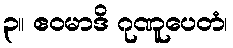
၃။ ဧဝမာဒိ ဂုဏူပေတံ၊